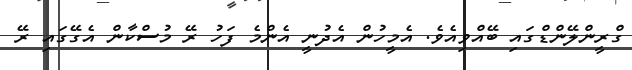
ގްރީންލޭންޑްގައި ބޭއްވިއެވެ. އެމީހުން އެދުނީ އެންމެ ފަހު ރޭ މުސްކާން އެގޭގައި ރޭ